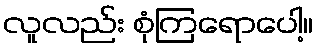
လူလည်း စုံကြရောပေါ့။